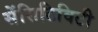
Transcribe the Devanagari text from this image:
सेंसिटिविटी